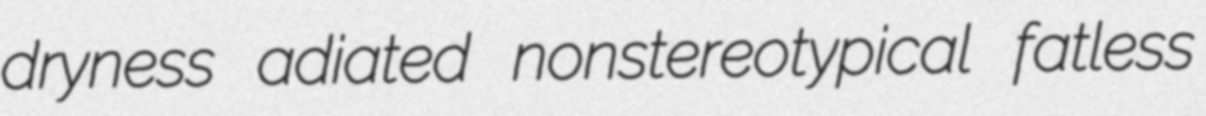
dryness adiated nonstereotypical fatless